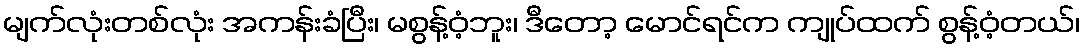
မျက်လုံးတစ်လုံး အကန်းခံပြီး၊ မစွန့်ဝံ့ဘူး၊ ဒီတော့ မောင်ရင်က ကျုပ်ထက် စွန့်ဝံ့တယ်၊